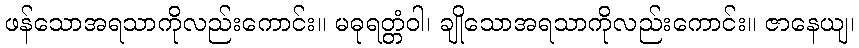
ဖန်သောအရသာကိုလည်းကောင်း။ မဓုရတ္တံဝါ၊ ချိုသောအရသာကိုလည်းကောင်း။ ဇာနေယျ၊